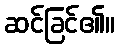
ဆင်ခြင်၏။